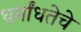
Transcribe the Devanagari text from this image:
धर्मांधतेचे